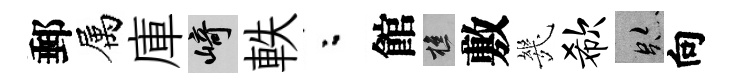
郵属庫崎軼粉館樵敷㡬欷跡向